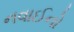
નવાઈનો